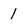
Character: 1